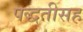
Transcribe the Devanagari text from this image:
पद्धतीसह